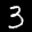
Label: 3